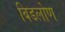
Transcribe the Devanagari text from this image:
बिडलोण